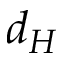
d _ { H }